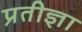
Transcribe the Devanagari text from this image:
प्रतीज्ञा